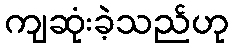
ကျဆုံးခဲ့သည်ဟု